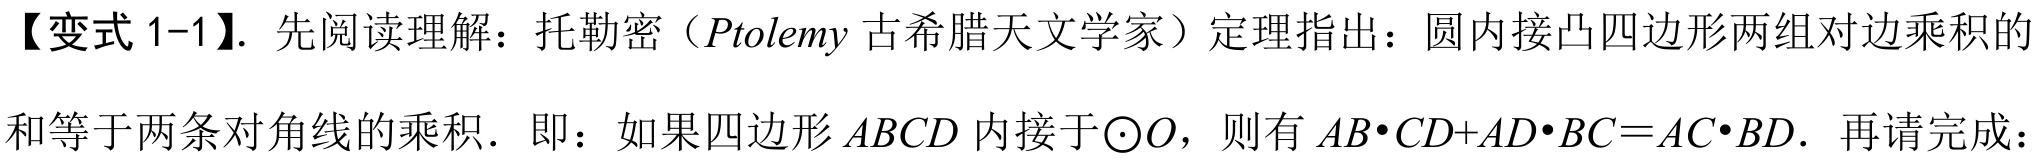
【变式 1-1】. 先阅读理解：托勒密（\(Ptolemy\)古希腊天文学家）定理指出：圆内接凸四边形两组对边乘积的和等于两条对角线的乘积．即：如果四边形\(ABCD\)内接于\(\odot O\)，则有\(AB\cdot CD + AD\cdot BC=AC\cdot BD\)．再请完成：